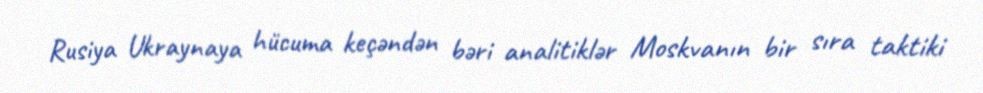
Rusiya Ukraynaya hücuma keçəndən bəri analitiklər Moskvanın bir sıra taktiki